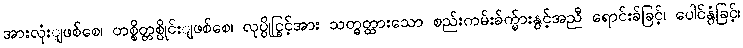
အားလုံးျဖစ်စေ၊ တစ္စိတ္တစ္ပိုင်းျဖစ်စေ၊ လုပ္ပိုင္ခြင့်အား သတ္မွတ္ထားသော စည်းကမ်းခ်က္မ်ားနွင့်အညီ ရောင်းခ်ခြင့်၊ ပေါင်နွံခြင့်၊